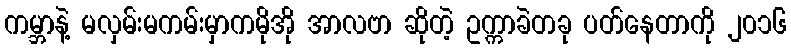
ကမ္ဘာနဲ့ မလှမ်းမကမ်းမှာကမိုအို အာလဗာ ဆိုတဲ့ ဥက္ကာခဲတခု ပတ်နေတာကို ၂၀၁၆